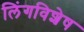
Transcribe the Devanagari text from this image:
लिंगविशेष